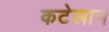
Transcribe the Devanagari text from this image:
कटेलान